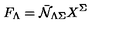
F _ { \Lambda } = { \bar { \cal N } } _ { \Lambda \Sigma } X ^ { \Sigma }